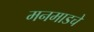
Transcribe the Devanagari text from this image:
मनमाडचे